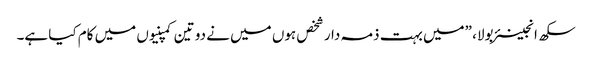
سکھ انجینئر بولا، ”میں بہت ذمہ دار شخص ہوں میں نے دو تین کمپنیوں میں کام کیا ہے۔